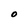
Character: O